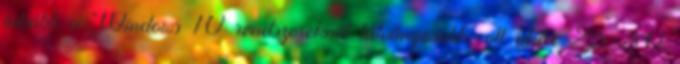
inkább a Windows 10 rendszereknél látványosabb, ott akár 25-30